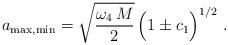
LaTeX: \begin{align*}a_{\rm max,min} = \sqrt{\frac{\omega_4 \, M}{2}} \, \Big( 1 \pm c_1 \Big)^{1/2} \,\,.\end{align*}